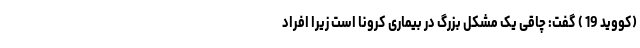
(کووید 19 ) گفت: چاقی یک مشکل بزرگ در بیماری کرونا است زیرا افراد